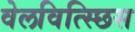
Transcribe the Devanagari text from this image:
वेलवित्स्छिस